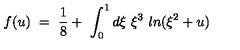
f ( u ) \ = \ \frac { 1 } { 8 } + \ \int _ { 0 } ^ { 1 } d \xi \ \xi ^ { 3 } \ l n ( \xi ^ { 2 } + u )